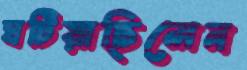
ঘটিয়াছিলেন